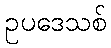
ဥပဒေသစ်